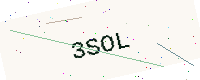
Text: 3SOL